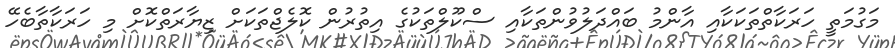
މަގުމަތީ ހަރަކާތްތަކަކާއި އާންމު ބައްދަލުވުންތަކާއި ސްކޫލްތަކުގެ އިތުރުން ކޮލެޖްތަކަށް ޒިޔާރަތްކޮށް މި ހަރަކާތާބެހޭ